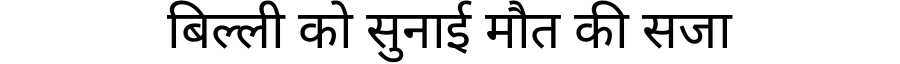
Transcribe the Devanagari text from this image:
बिल्ली को सुनाई मौत की सजा